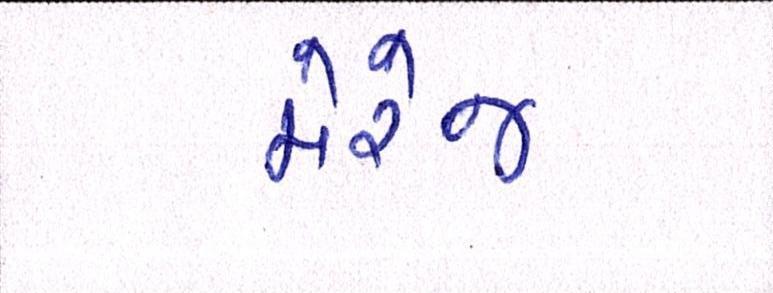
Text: મેરેજ